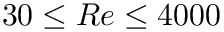
3 0 \leq R e \leq 4 0 0 0